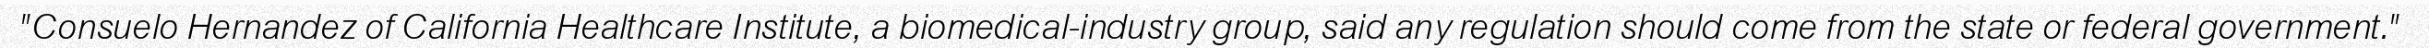
"Consuelo Hernandez of California Healthcare Institute, a biomedical-industry group, said any regulation should come from the state or federal government."